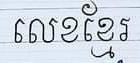
លេខខ្មែរ